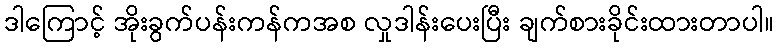
ဒါကြောင့် အိုးခွက်ပန်းကန်ကအစ လှုဒါန်းပေးပြီး ချက်စားခိုင်းထားတာပါ။